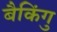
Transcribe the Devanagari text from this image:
बैकिंगु